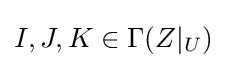
I,J,K\in \Gamma (Z|_{U})